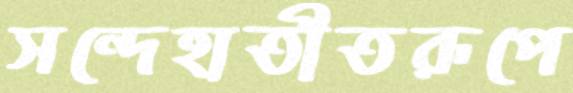
সন্দেহাতীতরূপে